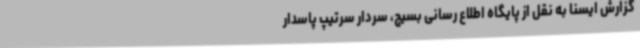
گزارش ایسنا به نقل از پایگاه اطلاع رسانی بسیج، سردار سرتیپ پاسدار